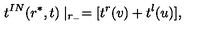
t ^ { I N } ( r ^ { * } , t ) \mid _ { r _ { - } } = [ t ^ { r } ( v ) + t ^ { l } ( u ) ] ,